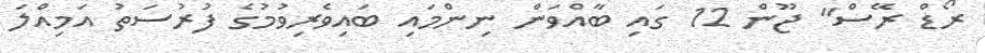
ރޯޑް ރޭސް" ޖޫން 12 ގައި ބާއްވަން ނިންމައި ބައިވެރިވުމުގެ ފުރުސަތު އަމިއްލަ